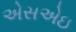
એસએઇ